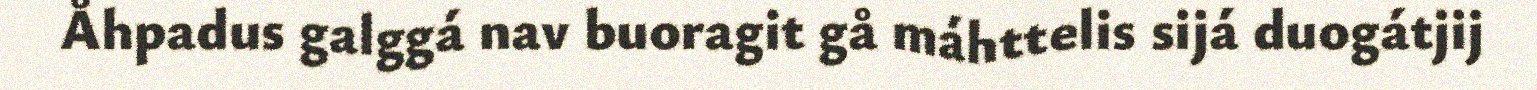
Åhpadus galggá nav buoragit gå máhttelis sijá duogátjij